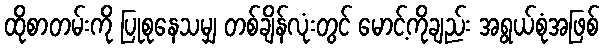
ထိုစာတမ်းကို ပြုစုနေသမျှ တစ်ချိန်လုံးတွင် မောင့်ကိုချည်း အရွယ်စုံအဖြစ်